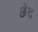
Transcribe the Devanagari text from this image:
छेदं